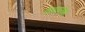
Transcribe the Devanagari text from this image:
ऐनाब्लेब्स